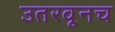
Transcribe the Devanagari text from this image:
उतरवूनच